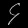
Digit: ၄